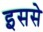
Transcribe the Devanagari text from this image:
इससेे